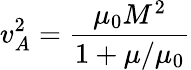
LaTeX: v_{A}^{2}=\frac{\mu_{0}M^{2}}{1+\mu/\mu_{0}}